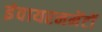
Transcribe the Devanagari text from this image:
इंवायरनमेंटों